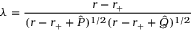
\lambda = { \frac { r - r _ { + } } { ( r - r _ { + } + \hat { P } ) ^ { 1 / 2 } ( r - r _ { + } + \hat { Q } ) ^ { 1 / 2 } } }